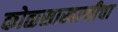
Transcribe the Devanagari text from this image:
कोळसाखाणीचा